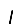
Digit: 1